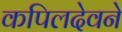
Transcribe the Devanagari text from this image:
कपिलदेवने